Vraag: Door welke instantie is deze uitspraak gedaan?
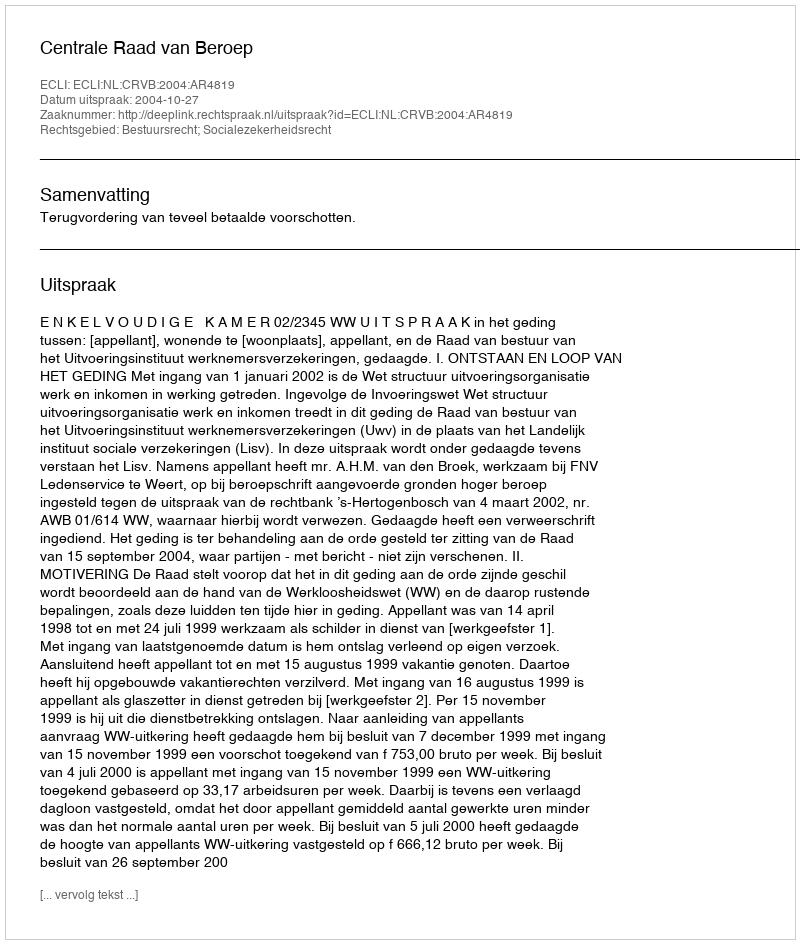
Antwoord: Centrale Raad van Beroep